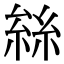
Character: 𠬆